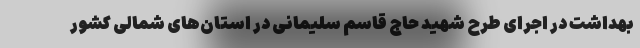
بهداشت در اجرای طرح شهید حاج قاسم سلیمانی در استان‌های شمالی کشور